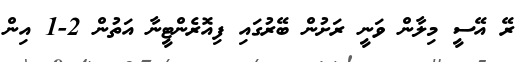
ރޭ އޭސީ މިލާން ވަނީ ރަށުން ބޭރުގައި ފިއޮރެންޓީނާ އަތުން 2-1 އިން